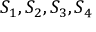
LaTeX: S _ { 1 } , S _ { 2 } , S _ { 3 } , S _ { 4 }